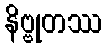
နိဗ္ဗုတဿ